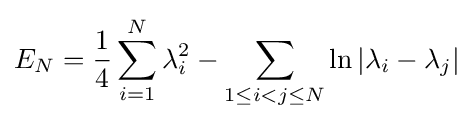
E_{N}={\frac {1}{4}}\sum _{i=1}^{N}\lambda _{i}^{2}-\sum _{1\leq i<j\leq N}\ln |\lambda _{i}-\lambda _{j}|